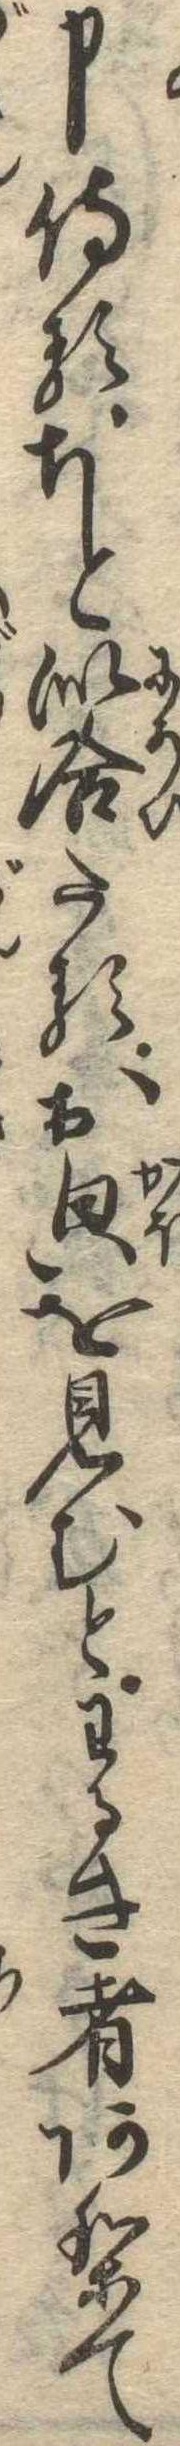
申侍るちと似合たるおを見むとわるき者ありて